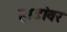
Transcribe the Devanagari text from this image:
हाडांवर